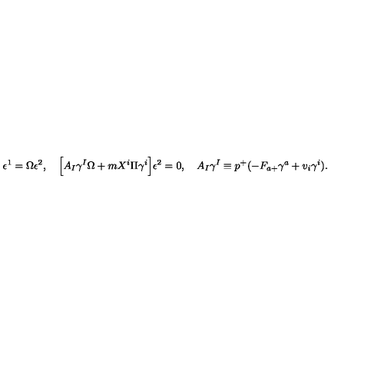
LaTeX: \epsilon ^ { 1 } = \Omega \epsilon ^ { 2 } , \quad \Big [ A _ { I } \gamma ^ { I } \Omega + m X ^ { i } \Pi \gamma ^ { i } \Big ] \epsilon ^ { 2 } = 0 , \quad A _ { I } \gamma ^ { I } \equiv p ^ { + } ( - F _ { a + } \gamma ^ { a } + v _ { i } \gamma ^ { i } ) .